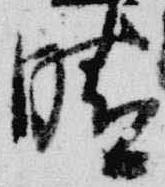
晴